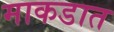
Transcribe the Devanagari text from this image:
माकडात